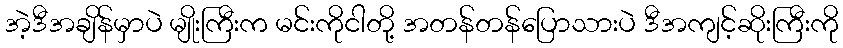
အဲ့ဒီအချိန်မှာပဲ မျိုးကြီးက မင်းကိုငါတို့ အတန်တန်ပြောသားပဲ ဒီအကျင့်ဆိုးကြီးကို